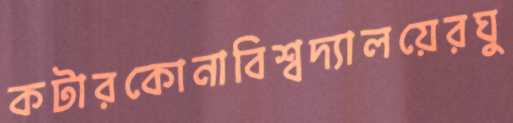
কটারকোনাবিশ্বদ্যালয়েরঘু